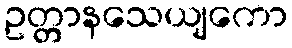
ဥတ္တာနသေယျကော